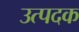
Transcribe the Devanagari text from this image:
उत्पदक